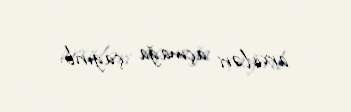
arxivləri açmağa çağırıb.